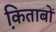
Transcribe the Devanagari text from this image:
कि़ताबों